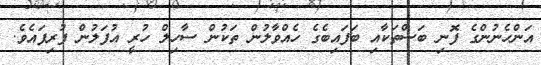
އަންހެނުންގެ ފޮނި ބަސްތަކާއި ބަފައިބެގެ ހެއްވާލުން ތަކުން ސާހިލް ހުރީ އުފަލުން ފުރިފައެވެ.